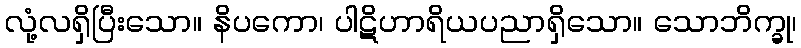
လုံ့လရှိပြီးသော။ နိပကော၊ ပါဋိဟာရိယပညာရှိသော။ သောဘိက္ခု၊